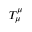
T _ { \mu } ^ { \mu }